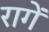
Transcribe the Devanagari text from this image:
रागें